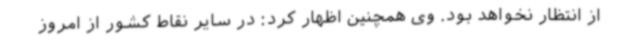
از انتظار نخواهد بود. وی همچنین اظهار کرد: در سایر نقاط کشور از امروز